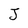
Character: J